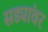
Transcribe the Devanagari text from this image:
सड्यांवर